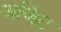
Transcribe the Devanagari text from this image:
अजिट